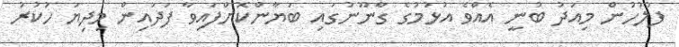
ފުލުހުން މިއަދު ބުނީ އެއްވެ އުޅުމުގެ ގާނޫނުގައި ބަޔާންކޮށްފައިވާ ފަދައިން މިދިޔަ ހުކުރު